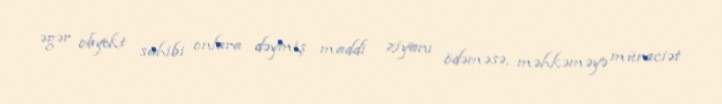
əgər obyekt sahibi onlara dəymiş maddi ziyanı ödəməsə, məhkəməyə müraciət